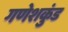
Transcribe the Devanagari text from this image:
गणेशकुंड